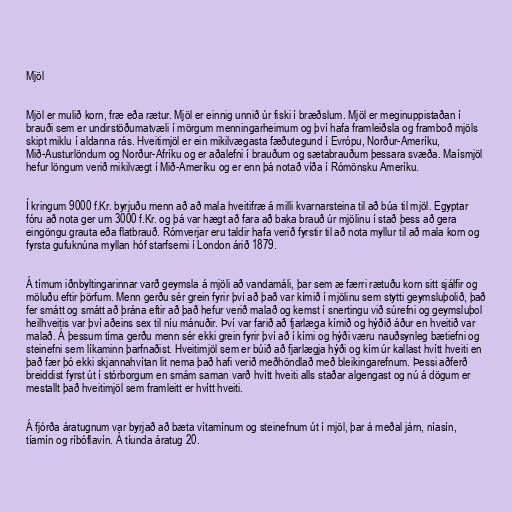
Mjöl

Mjöl er mulið korn, fræ eða rætur. Mjöl er einnig unnið úr fiski í bræðslum. Mjöl er meginuppistaðan í
brauði sem er undirstöðumatvæli í mörgum menningarheimum og því hafa framleiðsla og framboð mjöls
skipt miklu í aldanna rás. Hveitimjöl er ein mikilvægasta fæðutegund í Evrópu, Norður-Ameríku,
Mið-Austurlöndum og Norður-Afríku og er aðalefni í brauðum og sætabrauðum þessara svæða. Maísmjöl
hefur löngum verið mikilvægt í Mið-Ameríku og er enn þá notað víða í Rómönsku Ameríku.

Í kringum 9000 f.Kr. byrjuðu menn að að mala hveitifræ á milli kvarnarsteina til að búa til mjöl. Egyptar
fóru að nota ger um 3000 f.Kr. og þá var hægt að fara að baka brauð úr mjölinu í stað þess að gera
eingöngu grauta eða flatbrauð. Rómverjar eru taldir hafa verið fyrstir til að nota myllur til að mala korn og
fyrsta gufuknúna myllan hóf starfsemi í London árið 1879.

Á tímum iðnbyltingarinnar varð geymsla á mjöli að vandamáli, þar sem æ færri rætuðu korn sitt sjálfir og
möluðu eftir þörfum. Menn gerðu sér grein fyrir því að það var kímið í mjölinu sem stytti geymsluþolið, það
fer smátt og smátt að þrána eftir að það hefur verið malað og kemst í snertingu við súrefni og geymsluþol
heilhveitis var því aðeins sex til níu mánuðir. Því var farið að fjarlæga kímið og hýðið áður en hveitið var
malað. Á þessum tíma gerðu menn sér ekki grein fyrir því að í kími og hýði væru nauðsynleg bætiefni og
steinefni sem líkaminn þarfnaðist. Hveitimjöl sem er búið að fjarlægja hýði og kím úr kallast hvítt hveiti en
það fær þó ekki skjannahvítan lit nema það hafi verið meðhöndlað með bleikingarefnum. Þessi aðferð
breiddist fyrst út í stórborgum en smám saman varð hvítt hveiti alls staðar algengast og nú á dögum er
mestallt það hveitimjöl sem framleitt er hvítt hveiti.

Á fjórða áratugnum var byrjað að bæta vítamínum og steinefnum út í mjöl, þar á meðal járn, níasín,
tíamín og ríbóflavín. Á tíunda áratug 20.